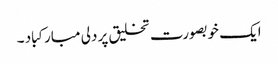
ایک خوبصورت تخلیق پر دلی مبارکباد ۔